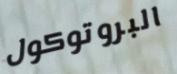
البروتوكول